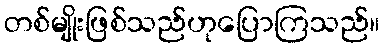
တစ်မျိုးဖြစ်သည်ဟုပြောကြသည်။